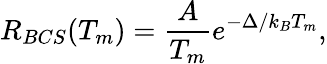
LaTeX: R_{BCS}(T_{m})=\frac{A}{T_{m}}e^{-\Delta/k_{B}T_{m}},